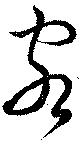
客